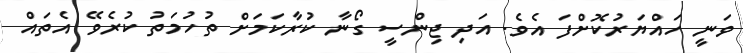
ވަނީ ހައްޔަރުކޮށްފަ އެވެ. އަދި ޖިންސީ ގޯނާ ކުރާކަމަށް ތުހުމަތު ކުރެވޭ އެތައް